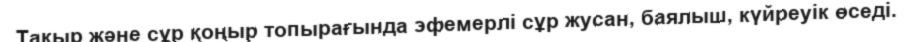
Тақыр және сұр қоңыр топырағында эфемерлі сұр жусан, баялыш, күйреуік өседі.